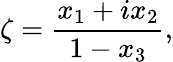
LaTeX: \zeta={\frac{x_{1}+ix_{2}}{1-x_{3}}},